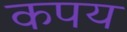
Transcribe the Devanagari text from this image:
कपय